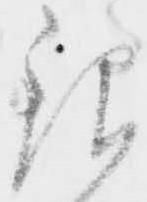
銀